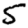
Digit: 5